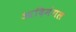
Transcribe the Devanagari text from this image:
आदिमंगल